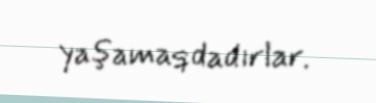
yaşamaqdadırlar.